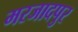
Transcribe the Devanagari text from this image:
मरजादपुर